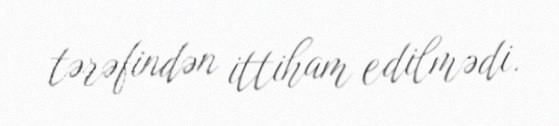
tərəfindən ittiham edilmədi.